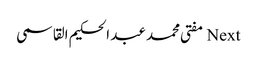
Next مفتی محمد عبد الحکیم القاسمی